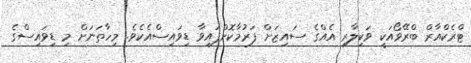
ޓްރެކްއާރް ބްރޭވޯއަކީ ވަކިލާރި އެއްގެ ސައިޒަށް ފަރުމާކޮށްފައިވާ ޑިވައިސްއެކެވެ. މިހާތަނަށް މި ޑިވައިސްގެ